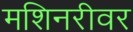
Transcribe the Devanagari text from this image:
मशिनरीवर